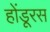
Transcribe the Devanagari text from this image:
होंडूरस